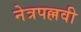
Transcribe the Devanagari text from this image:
नेत्रपल्लवी